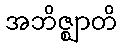
အဘိဇ္ဈာတိ